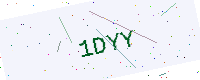
Text: 1DYY